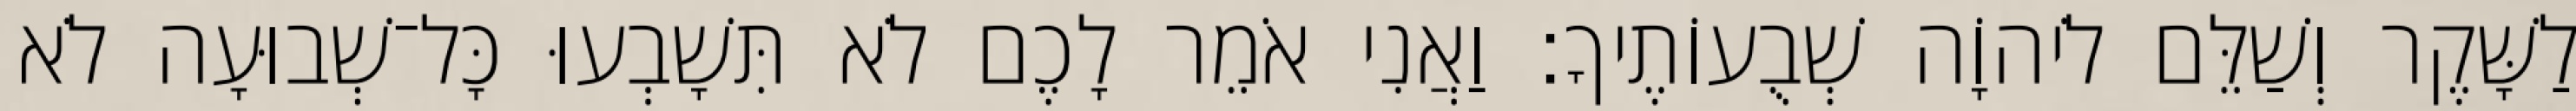
לַשָּׁקֶר וְשַׁלֵּם לֹיהוָֹה שְׁבֻעוֹתֶיךָ׃ וַאֲנִי אֹמֵר לָכֶם לֹא תִּשָׁבְעוּ כָּל־שְׁבוּעָה לֹא